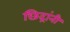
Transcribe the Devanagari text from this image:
छिद्रांनी